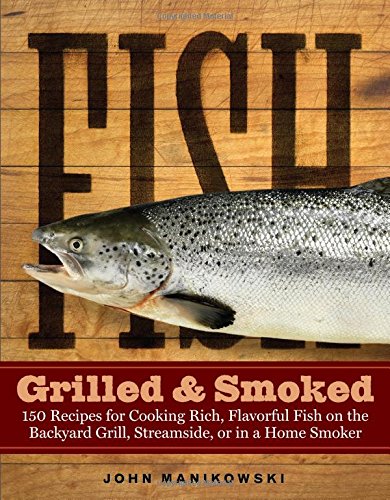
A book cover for Fish Grilled & Smoked: 150 Recipes for Cooking Rich, Flavorful Fish on the Backyard Grill, Streamside, or in a Home Smoker; John Manikowski; Cookbooks, Food & Wine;